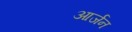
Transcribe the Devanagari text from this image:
आर्जन